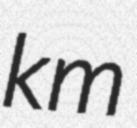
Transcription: km